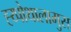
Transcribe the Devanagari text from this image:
ह्य्पोथालामुस